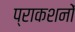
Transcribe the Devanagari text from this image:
प्राकशनों